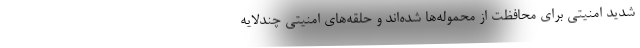
شدید امنیتی برای محافظت از محموله‌ها شده‌اند و حلقه‌های امنیتی چندلایه